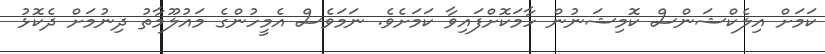
ކަމަށް އިލެކްޝަންސް ކޮމިޝަނުން ހާމަކޮށްފައިވާ ކަމަށެވެ. ނަމަވެސް އެމީހުންގެ މައުލޫމާތު ދިނުމަށް ދެކޮޅު